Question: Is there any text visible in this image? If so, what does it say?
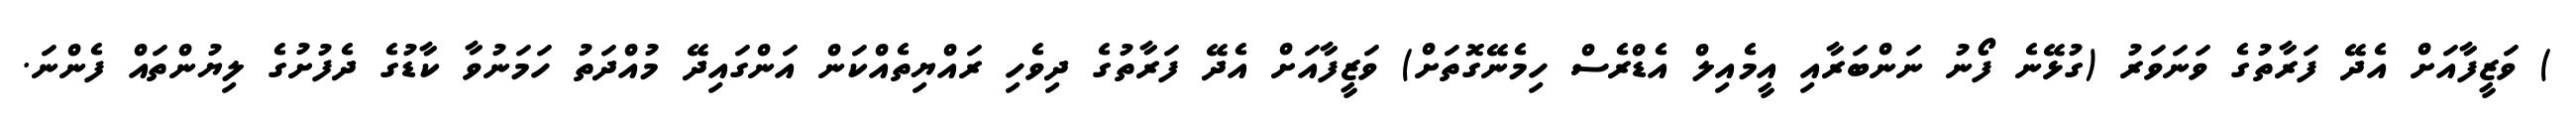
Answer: ) ވަޒީފާއަށް އެދޭ ފަރާތުގެ ވަނަވަރު (ގުޅޭނެ ފޯނު ނަންބަރާއި އީމެއިލް އެޑްރެސް ހިމެނޭގޮތަށް) ވަޒީފާއަށް އެދޭ ފަރާތުގެ ދިވެހި ރައްޔިތެއްކަން އަންގައިދޭ މުއްދަތު ހަމަނުވާ ކާޑުގެ ދެފުށުގެ ލިޔުންތައް ފެންނަ.